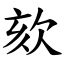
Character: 欬